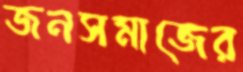
জনসমাজের